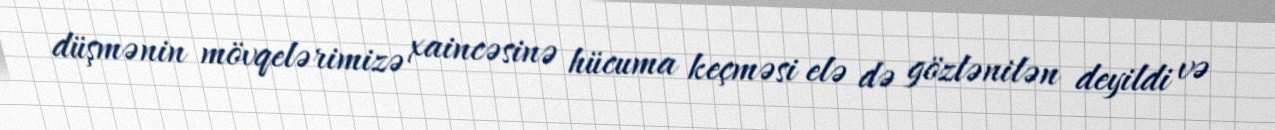
düşmənin mövqelərimizə xaincəsinə hücuma keçməsi elə də gözlənilən deyildi və